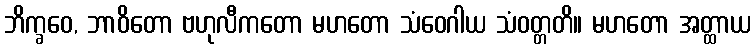
ဘိက္ခဝေ, ဘာဝိတော ဗဟုလီကတော မဟတော သံဝေဂါယ သံဝတ္တတိ။ မဟတော အတ္ထာယ